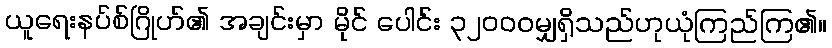
ယူရေးနပ်စ်ဂြိုဟ်၏ အချင်းမှာ မိုင် ပေါင်း ၃၂၀၀၀မျှရှိသည်ဟုယုံကြည်ကြ၏။